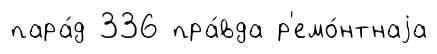
пара́д 336 пра́вда р'емо́нтнаjа